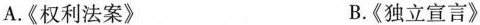
A.《权利法案》 B.《独立宣言》